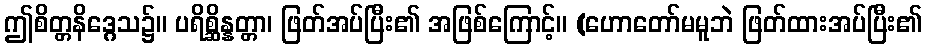
ဤစိတ္တနိဒ္ဂေသ၌။ ပရိစ္ဆိန္နတ္တာ၊ ဖြတ်အပ်ပြီး၏ အဖြစ်ကြောင့်။ (ဟောတော်မမူဘဲ ဖြတ်ထားအပ်ပြီး၏